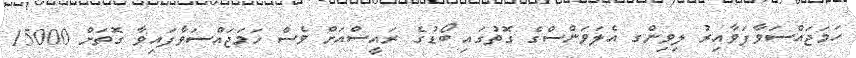
ހަމަޖައްސަވާފަވާއިރު ލިވިންގ އެލަވަންސްގެ ގޮތުގައި ބޯޑުގެ ރައީސްއަށް ވެސް ހަމަޖައްސަވާފައިވާ ގޮތަށް 15000